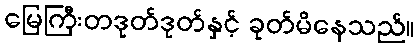
မြေကြီးတဒုတ်ဒုတ်နှင့် ခုတ်မိနေသည်။